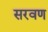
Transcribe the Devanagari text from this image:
सरवण